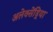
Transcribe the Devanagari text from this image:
अलेक्सेंड्रिया